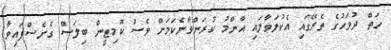
ހަތް ދުވަހުގެ ތެރޭގައި އެކުލަވާލައި އާންމު ކުރަންވާނެކަމަށް ވެސް ކޮމިޓީން ބިލަސް ގެނެސްފައިވާ